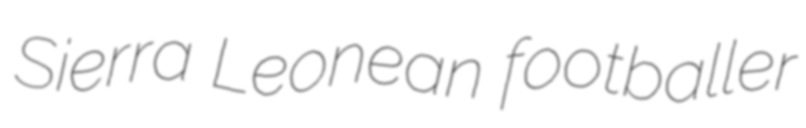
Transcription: Sierra Leonean footballer